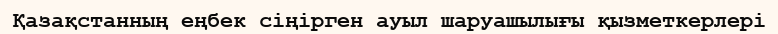
Қазақстанның еңбек сіңірген ауыл шаруашылығы қызметкерлері